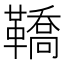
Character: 鞽